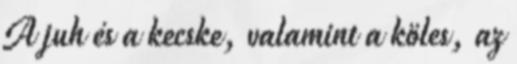
A juh és a kecske, valamint a köles, az